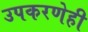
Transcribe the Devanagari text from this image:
उपकरणेही